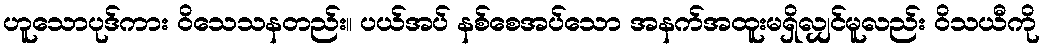
ဟူသောပုဒ်ကား ဝိသေသနတည်း။ ပယ်အပ် နစ်စေအပ်သော အနက်အထူးမရှိလျှင်မူလည်း ဝိသယီကို